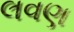
લવણ